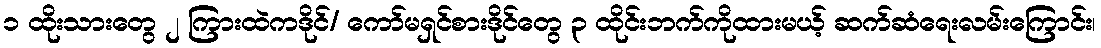
၁ ထိုးသားတွေ ၂ ကြားထဲကဒိုင်/ ကော်မရှင်စားဒိုင်တွေ ၃ ထိုင်းဘက်ကိုထားမယ့် ဆက်ဆံရေးလမ်းကြောင်း၊